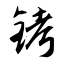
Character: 铐